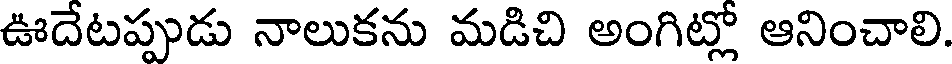
ఊదేటప్పుడు నాలుకను మడిచి అంగిట్లో ఆనించాలి.